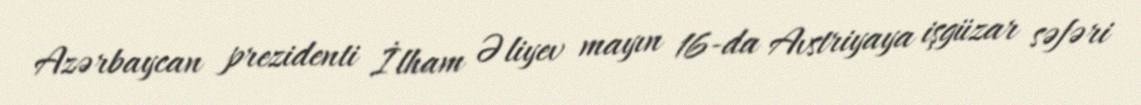
Azərbaycan prezidenti İlham Əliyev mayın 16-da Avstriyaya işgüzar səfəri